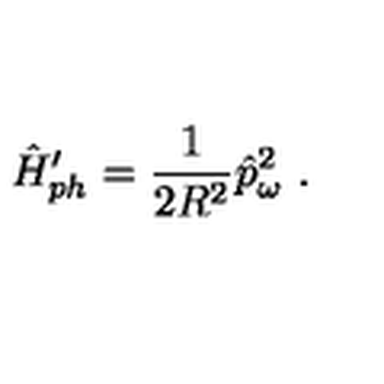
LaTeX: \hat { H } _ { p h } ^ { \prime } = \frac { 1 } { 2 R ^ { 2 } } \hat { p } _ { \omega } ^ { 2 } \ .